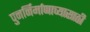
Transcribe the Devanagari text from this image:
पुनर्निर्माणाच्यासाठी